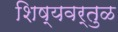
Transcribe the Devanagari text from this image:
शिष्यवर्तुळ